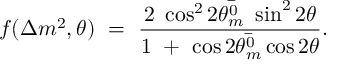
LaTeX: f ( \Delta m ^ { 2 } , \theta ) \ = \ \frac { 2 \ \cos ^ { 2 } 2 \bar { \theta _ { m } ^ { 0 } } \ \sin ^ { 2 } 2 \theta } { 1 \ + \ \cos 2 \bar { \theta _ { m } ^ { 0 } } \cos 2 \theta } .